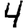
Digit: 4